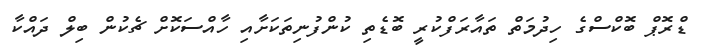
ޑްރޮޕް ބޮކްސްގެ ހިދުމަތް ތައާރަފްކުރީ ބޮޑެތި ކުންފުނިތަކަށާއި ހާއްސަކޮށް ޗެކުން ބިލް ދައްކާ